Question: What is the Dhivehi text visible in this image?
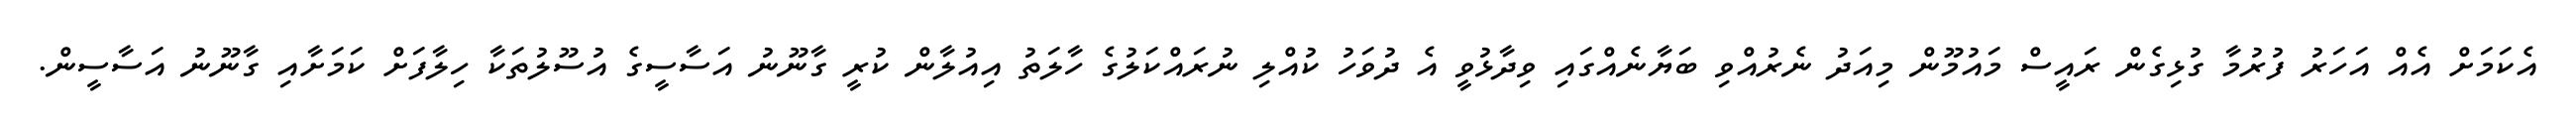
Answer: އެކަމަށް އެއް އަހަރު ފުރުމާ ގުޅިގެން ރައީސް މައުމޫން މިއަދު ނެރުއްވި ބަޔާނެއްގައި ވިދާޅުވީ އެ ދުވަހު ކުއްލި ނުރައްކަލުގެ ހާލަތު އިއުލާން ކުރީ ގާނޫނު އަސާސީގެ އުސޫލުތަކާ ހިލާފަށް ކަމަށާއި ގާނޫނު އަސާސީން.